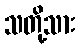
သတို့သား